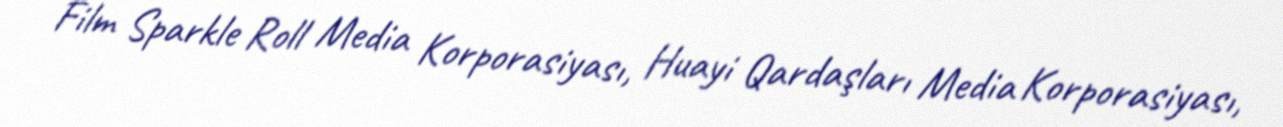
Film Sparkle Roll Media Korporasiyası, Huayi Qardaşları Media Korporasiyası,